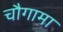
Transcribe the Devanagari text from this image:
चौगामा